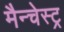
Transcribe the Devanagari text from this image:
मैन्चेस्ट्र